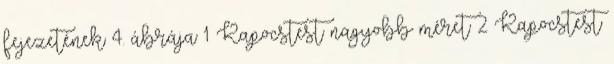
fejezetének 4. ábrája 1 Kapocstest nagyobb méret 2 Kapocstest